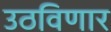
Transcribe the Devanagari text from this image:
उठविणार